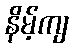
နိမ့်ကျ